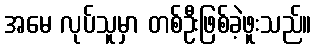
အမေ လုပ်သူမှာ တစ်ဦးဖြစ်ခဲ့ဖူးသည်။